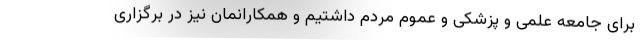
برای جامعه علمی و پزشکی و عموم مردم داشتیم و همکارانمان نیز در برگزاری